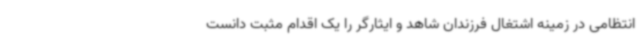
انتظامی در زمینه اشتغال فرزندان شاهد و ایثارگر را یک اقدام مثبت دانست